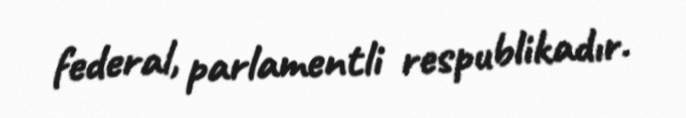
federal, parlamentli respublikadır.